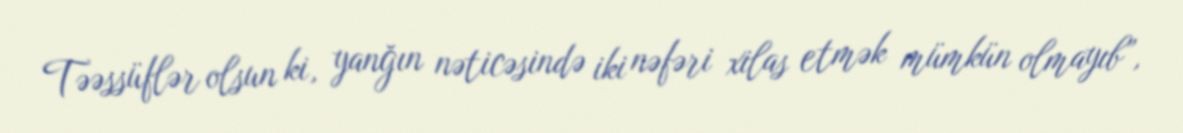
Təəssüflər olsun ki, yanğın nəticəsində iki nəfəri xilas etmək mümkün olmayıb”,